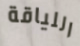
اللياقة